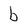
Character: b